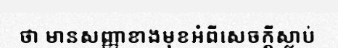
ថា មានសញ្ញាខាងមុខអំពីសេចក្តីស្លាប់